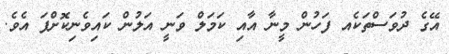
އޭގެ ދުވަސްތަކެއ ފަހުން މީނާ އާއި ކަމަލް ވަނީ އަލުން ކައިވެނިކޮށްފަ އެވެ.